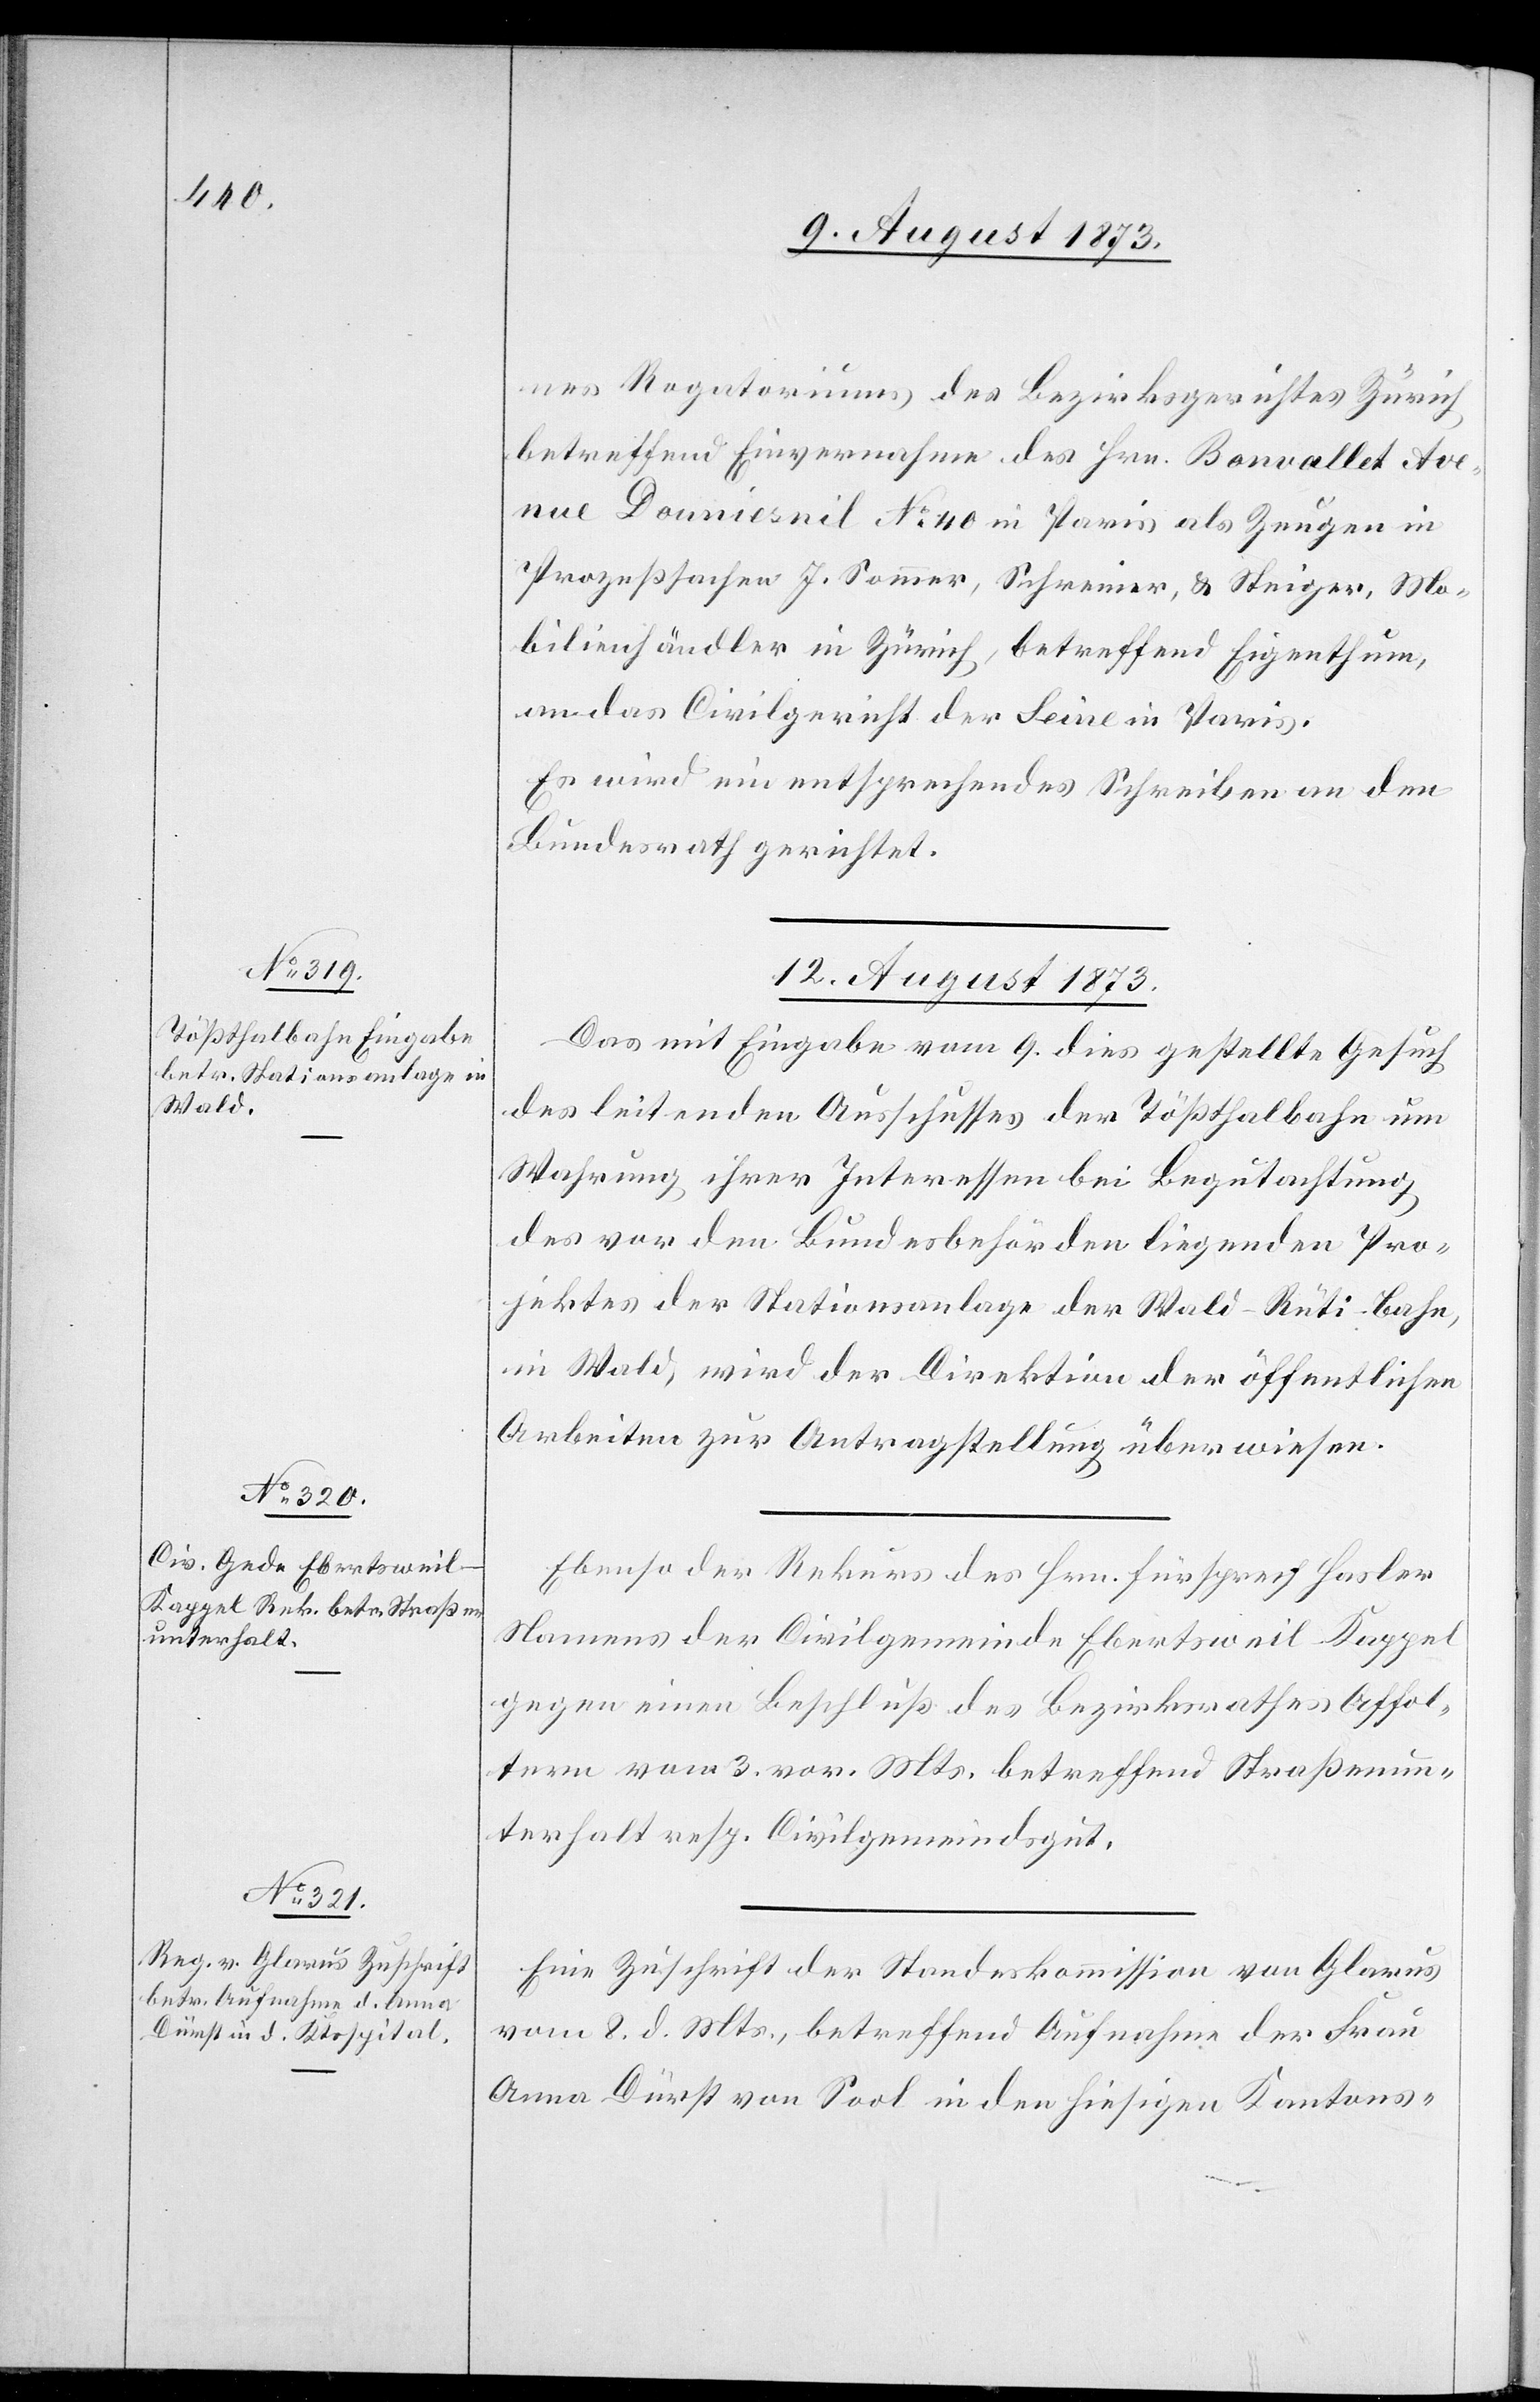
nes Rogatoriums des Bezirksgerichtes Zürich
betreffend Einvernahme des Hrn. Bonvallet Ave¬
nue Douniesnil No 40 in Paris als Zeugen in
Prozeßsachen J. Sommer, Schreiner, & Steiger, Mo¬
bilienhändler in Zürich, betreffend Eigenthum,
an das Civilgericht der Seine in Paris.
Es wird ein entsprechendes Schreiben an den
Bundesrath gerichtet.
12. August 1873.]
Das mit Eingabe vom 9. dies gestellte Gesuch
des leitenden Ausschusses der Tößthalbahn um
Wahrung ihrer Interessen bei Begutachtung
des vor den Bundesbehörden liegenden Pro¬
jektes der Stationsanlage der Wald–Rüti-Bahn,
in Wald, wird der Direktion der öffentlichen
Arbeiten zur Antragstellung überwiesen.
Ebenso der Rekurs des Hrn. Fürsprech Hasler
Namens der Civilgemeinde Ebertsweil-Kappel
gegen einen Beschluß des Bezirksrathes Affol¬
tern vom 3. vor. Mts. betreffend Straßenun¬
terhalt resp. Civilgemeindsgut.
Eine Zuschrift der Standeskommission von Glarus
vom 8. d. Mts., betreffend Aufnahme der Frau
Anna Dürst von Sool in den hiesigen Kantons-